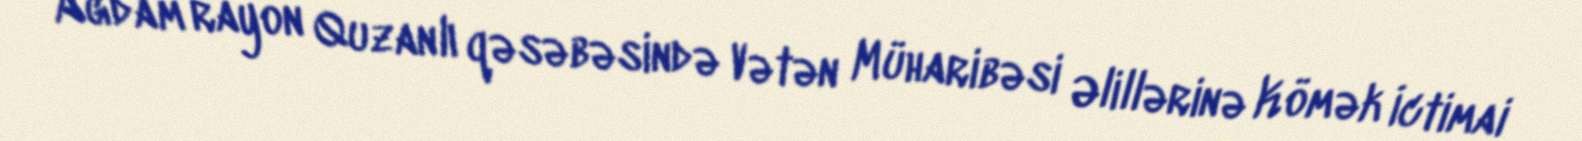
Ağdam rayon Quzanlı qəsəbəsində Vətən Müharibəsi Əlillərinə Kömək İctimai